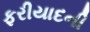
ફરીયાદની